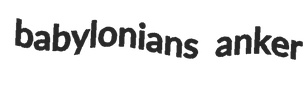
babylonians anker